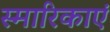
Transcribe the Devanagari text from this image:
स्मारिकाएं